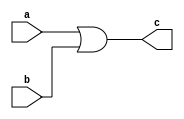
module Or_1bit(c,a,b);
input a,b;
output c;
or (c,a,b);
endmodule